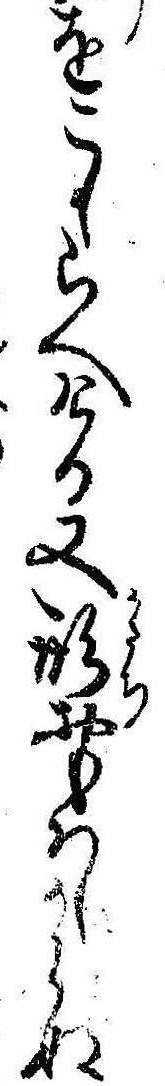
をこしらへける又形おもはしからぬ